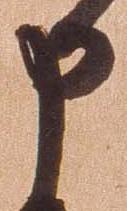
申